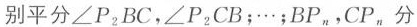
别平分∠P_{ 2}BC，∠P_{ 2}CB；…；BP_{n}，CP_{n}分